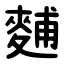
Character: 麱